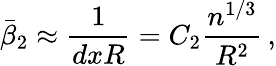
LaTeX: \bar{\beta}_{2}\approx\frac{1}{dxR}=C_{2}\frac{n^{1/3}}{R^{2}}\, ,